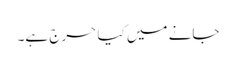
جانے میں کیا حرج ہے۔